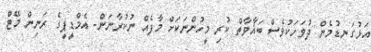
އަޅުގަނޑުމެން ދުވަހަކުވެސް ބަޣާވާތް ކުރި މީހުންނަކަށް މާފެއް ނުކުރާނަން- އެމްޑީޕީގެ ރަނިން މޭޓް